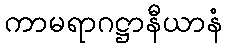
ကာမရာဂဋ္ဌာနီယာနံ